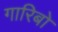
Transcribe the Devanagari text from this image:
गारिबो